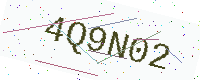
Text: 4Q9N02